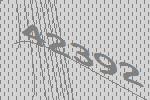
42392